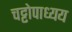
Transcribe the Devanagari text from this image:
चट्टोपाध्यय